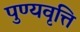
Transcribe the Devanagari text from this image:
पुण्यवृत्ति